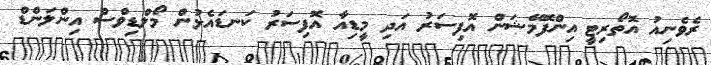
ރެވެނިއު އޮތޯރިޓީ އިންފޮމޭޝަން އޮފިސަރު އަދި މީޑިއާ އޮފިސަރު ކަނޑައެޅުން މޯލްޑިވްސް އިންލަންޑް